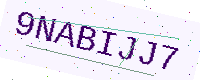
Text: 9NABIJJ7